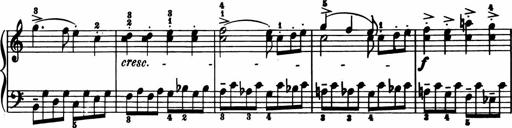
Title: 11 Sonatinas for Piano Solo
Composer: Anton Diabelli